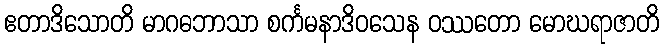
ဧတာဒိသောတိ မာဂဓဘာသာ စင်္ကမနာဒိဝသေန ဝဿတော မောဃရာဇာတိ